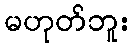
မဟုတ်ဘူး